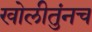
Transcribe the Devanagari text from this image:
खोलीतुंनच